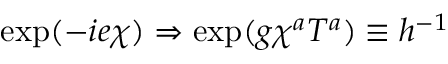
{ \exp ( - i e \chi ) \Rightarrow \exp ( g \chi ^ { a } T ^ { a } ) \equiv h ^ { - 1 } }